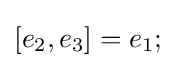
[e_{2},e_{3}]=e_{1};